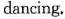
dancing.